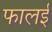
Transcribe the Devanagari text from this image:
फालई